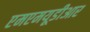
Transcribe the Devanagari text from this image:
एमएमयूडीआर